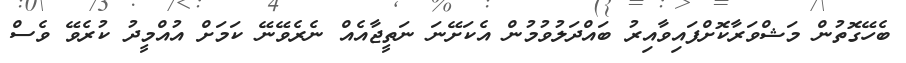
ބެހޭގޮތުން މަޝްވަރާކޮށްފައިވާއިރު ބައްދަލުވުމުން އެކަށޭނަ ނަތީޖާއެއް ނެރެވޭނޭ ކަމަށް އުއްމީދު ކުރެވޭ ވެސް